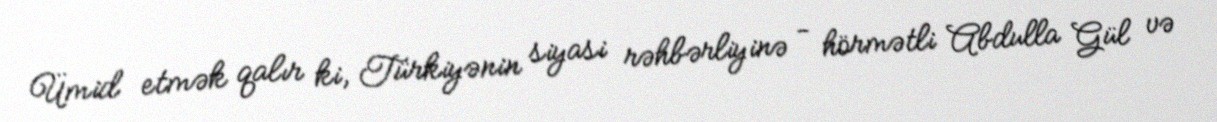
Ümid etmək qalır ki, Türkiyənin siyasi rəhbərliyinə - hörmətli Abdulla Gül və